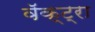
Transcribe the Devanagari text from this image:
वॅक्ट्रा